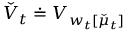
\check { V } _ { t } \doteq V _ { w _ { t } [ \check { \mu } _ { t } ] }